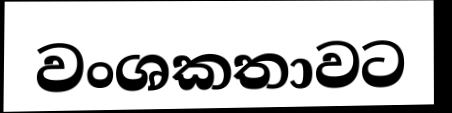
වංශකතාවට